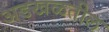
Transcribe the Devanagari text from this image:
अडखळतील